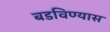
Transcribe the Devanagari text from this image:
बडविण्यास